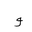
Letter: _waw